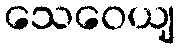
သေဝေယျ